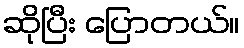
ဆိုပြီး ပြောတယ်။